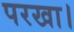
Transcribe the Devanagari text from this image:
परखा।